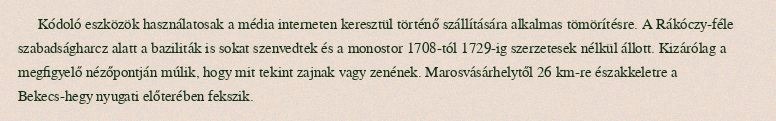
Kódoló eszközök használatosak a média interneten keresztül történő szállítására alkalmas tömörítésre. A Rákóczy-féle szabadságharcz alatt a baziliták is sokat szenvedtek és a monostor 1708-tól 1729-ig szerzetesek nélkül állott. Kizárólag a megfigyelő nézőpontján múlik, hogy mit tekint zajnak vagy zenének. Marosvásárhelytől 26 km-re északkeletre a Bekecs-hegy nyugati előterében fekszik.